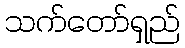
သက်တော်ရှည်